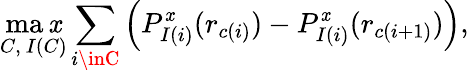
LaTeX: \operatorname*{ma\mathit{x}}_{C,\ I(C)}\sum_{i\inC}\Big(P_{I(i)}^{\mathit{x}}(r_{c(i)})-P_{I(i)}^{\mathit{x}}(r_{c(i+1)})\Big),